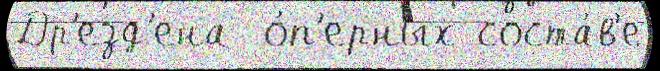
Др'езд'ена  о́п'ерных соста́в'е